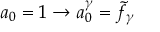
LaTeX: a _ { 0 } = 1 \rightarrow a _ { 0 } ^ { \gamma } = { \tilde { f } } _ { \gamma }